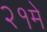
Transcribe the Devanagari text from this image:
२१मे